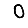
Digit: 0